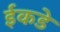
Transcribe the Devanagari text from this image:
ईकडे